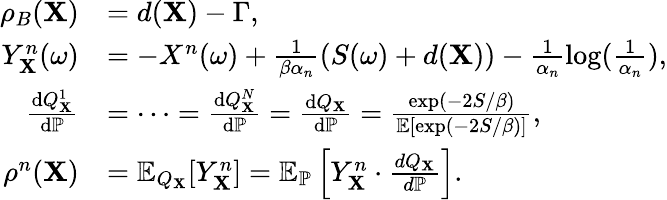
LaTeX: \begin{array}{rl}{\rho_{B}(\mathbf{X})}&{=d(\mathbf{X})-\Gamma,}\\ {Y_{\mathbf{X}}^{n}(\omega)}&{=-X^{n}(\omega)+\frac{1}{\beta\alpha_{n}}(S(\omega)+d(\mathbf{X}))-\frac{1}{\alpha_{n}}\log(\frac{1}{\alpha_{n}}),}\\ {\frac{\mathrm{d}Q_{\mathbf{X}}^{1}}{\mathrm{d}{\mathbb{P}}}}&{=\dots=\frac{\mathrm{d}Q_{\mathbf{X}}^{N}}{\mathrm{d}{\mathbb{P}}}=\frac{\mathrm{d}Q_{\mathbf{X}}}{\mathrm{d}{\mathbb{P}}}=\frac{\exp\left(-2S/\beta\right)}{\mathbb{E}\left[\exp\left(-2S/\beta\right)\right]},}\\ {\rho^{n}(\mathbf{X})}&{=\mathbb{E}_{Q_{\mathbf{X}}}[Y_{\mathbf{X}}^{n}]=\mathbb{E}_{\mathbb{P}}\left[Y_{\mathbf{X}}^{n}\cdot\frac{dQ_{\mathbf{X}}}{d\mathbb{P}}\right].}\end{array}